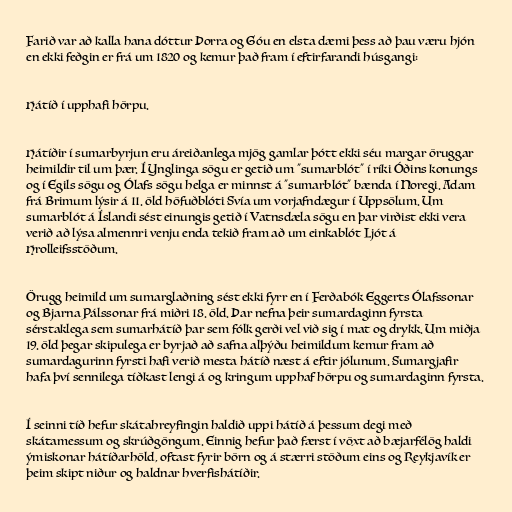
Farið var að kalla hana dóttur Þorra og Góu en elsta dæmi þess að þau væru hjón
en ekki feðgin er frá um 1820 og kemur það fram í eftirfarandi húsgangi:

Hátíð í upphafi hörpu.

Hátíðir í sumarbyrjun eru áreiðanlega mjög gamlar þótt ekki séu margar öruggar
heimildir til um þær. Í Ynglinga sögu er getið um "sumarblót" í ríki Óðins konungs
og í Egils sögu og Ólafs sögu helga er minnst á "sumarblót" bænda í Noregi. Adam
frá Brimum lýsir á 11. öld höfuðblóti Svía um vorjafndægur í Uppsölum. Um
sumarblót á Íslandi sést einungis getið í Vatnsdæla sögu en þar virðist ekki vera
verið að lýsa almennri venju enda tekið fram að um einkablót Ljót á
Hrolleifsstöðum.

Örugg heimild um sumarglaðning sést ekki fyrr en í Ferðabók Eggerts Ólafssonar
og Bjarna Pálssonar frá miðri 18. öld. Þar nefna þeir sumardaginn fyrsta
sérstaklega sem sumarhátíð þar sem fólk gerði vel við sig í mat og drykk. Um miðja
19. öld þegar skipulega er byrjað að safna alþýðu heimildum kemur fram að
sumardagurinn fyrsti hafi verið mesta hátíð næst á eftir jólunum. Sumargjafir
hafa því sennilega tíðkast lengi á og kringum upphaf hörpu og sumardaginn fyrsta.

Í seinni tíð hefur skátahreyfingin haldið uppi hátíð á þessum degi með
skátamessum og skrúðgöngum. Einnig hefur það færst í vöxt að bæjarfélög haldi
ýmiskonar hátíðarhöld, oftast fyrir börn og á stærri stöðum eins og Reykjavík er
þeim skipt niður og haldnar hverfishátíðir.